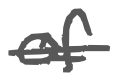
Text: of
Cross-out: single-line
Writing tool: digital_gray